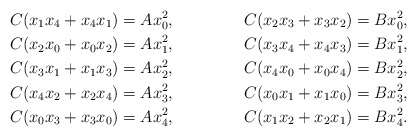
\begin{align*}C(x_1x_4+x_4x_1) = Ax_0^2, &&C(x_2x_3+x_3x_2) = Bx_0^2,\\C(x_2x_0+x_0x_2) = Ax_1^2, &&C(x_3x_4+x_4x_3) = Bx_1^2,\\C(x_3x_1+x_1x_3) = Ax_2^2, &&C(x_4x_0+x_0x_4) = Bx_2^2,\\C(x_4x_2+x_2x_4) = Ax_3^2, &&C(x_0x_1+x_1x_0) = Bx_3^2,\\C(x_0x_3+x_3x_0) = Ax_4^2, &&C(x_1x_2+x_2x_1) = Bx_4^2.\end{align*}